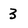
Character: 3